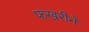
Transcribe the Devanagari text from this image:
फखरीने